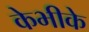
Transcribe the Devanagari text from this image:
केभीके